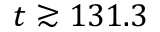
t \gtrsim 1 3 1 . 3